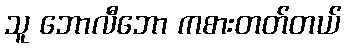
သူ ဘောလီဘော ကစားတတ်တယ်